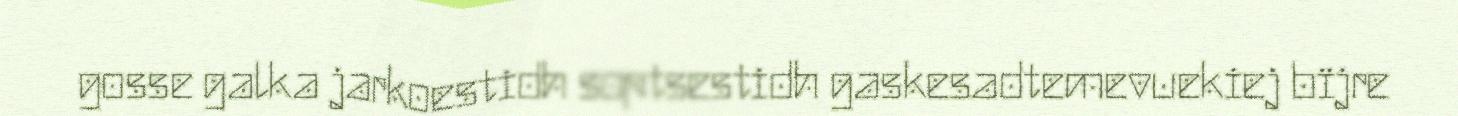
gosse galka jarkoestidh soptsestidh gaskesadtemevuekiej bïjre